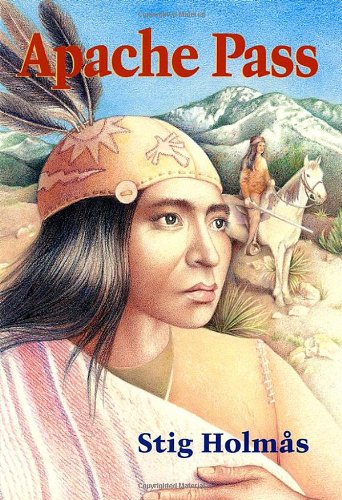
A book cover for Apache Pass (Chiricahua Apache Series); Stig Holmas; Teen & Young Adult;